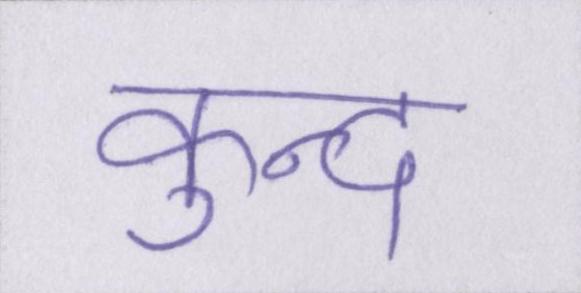
कुन्द